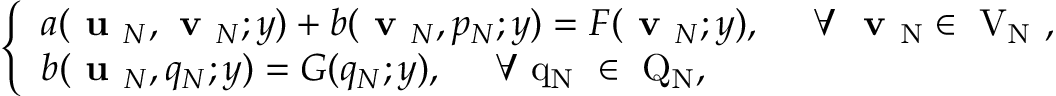
\left\{ \begin{array} { l l } { a ( \textbf { u } _ { N } , \textbf { v } _ { N } ; y ) + b ( \textbf { v } _ { N } , p _ { N } ; y ) = F ( \textbf { v } _ { N } ; y ) , \mathrm { \ \ \ ~ \forall ~ \textbf { v } _ { N } \in ~ V _ { N } ~ } , } \\ { b ( \textbf { u } _ { N } , q _ { N } ; y ) = G ( q _ { N } ; y ) , \mathrm { ~ \ \ ~ \forall ~ q _ { N } ~ \in ~ Q _ { N } , ~ } } \end{array} \right.